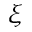
\xi